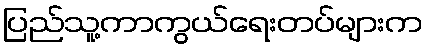
ပြည်သူ့ကာကွယ်ရေးတပ်များက